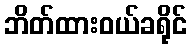
ဘိတ်ထားဝယ်ခရိုင်